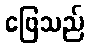
ဖြေသည်